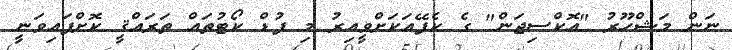
ނަން މަޝްހޫރު "އޮކްސިޖަން" ގެ ކެފޭއަކަށްވީއިރު މި ފުޑް ކޯޓުތައް ތަރައްޤީ ކޮށްފައިވަނީ